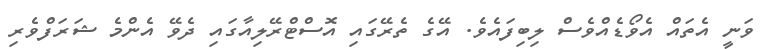
ވަނީ އެތައް އެވޯޑެއްވެސް ލިބިފައެވެ. އޭގެ ތެރޭގައި އޮސްޓްރޭލިއާގައި ދެވޭ އެންމެ ޝަރަފްވެރި